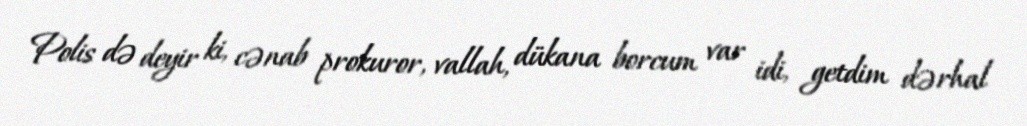
Polis də deyir ki, cənab prokuror, vallah, dükana borcum var idi, getdim dərhal